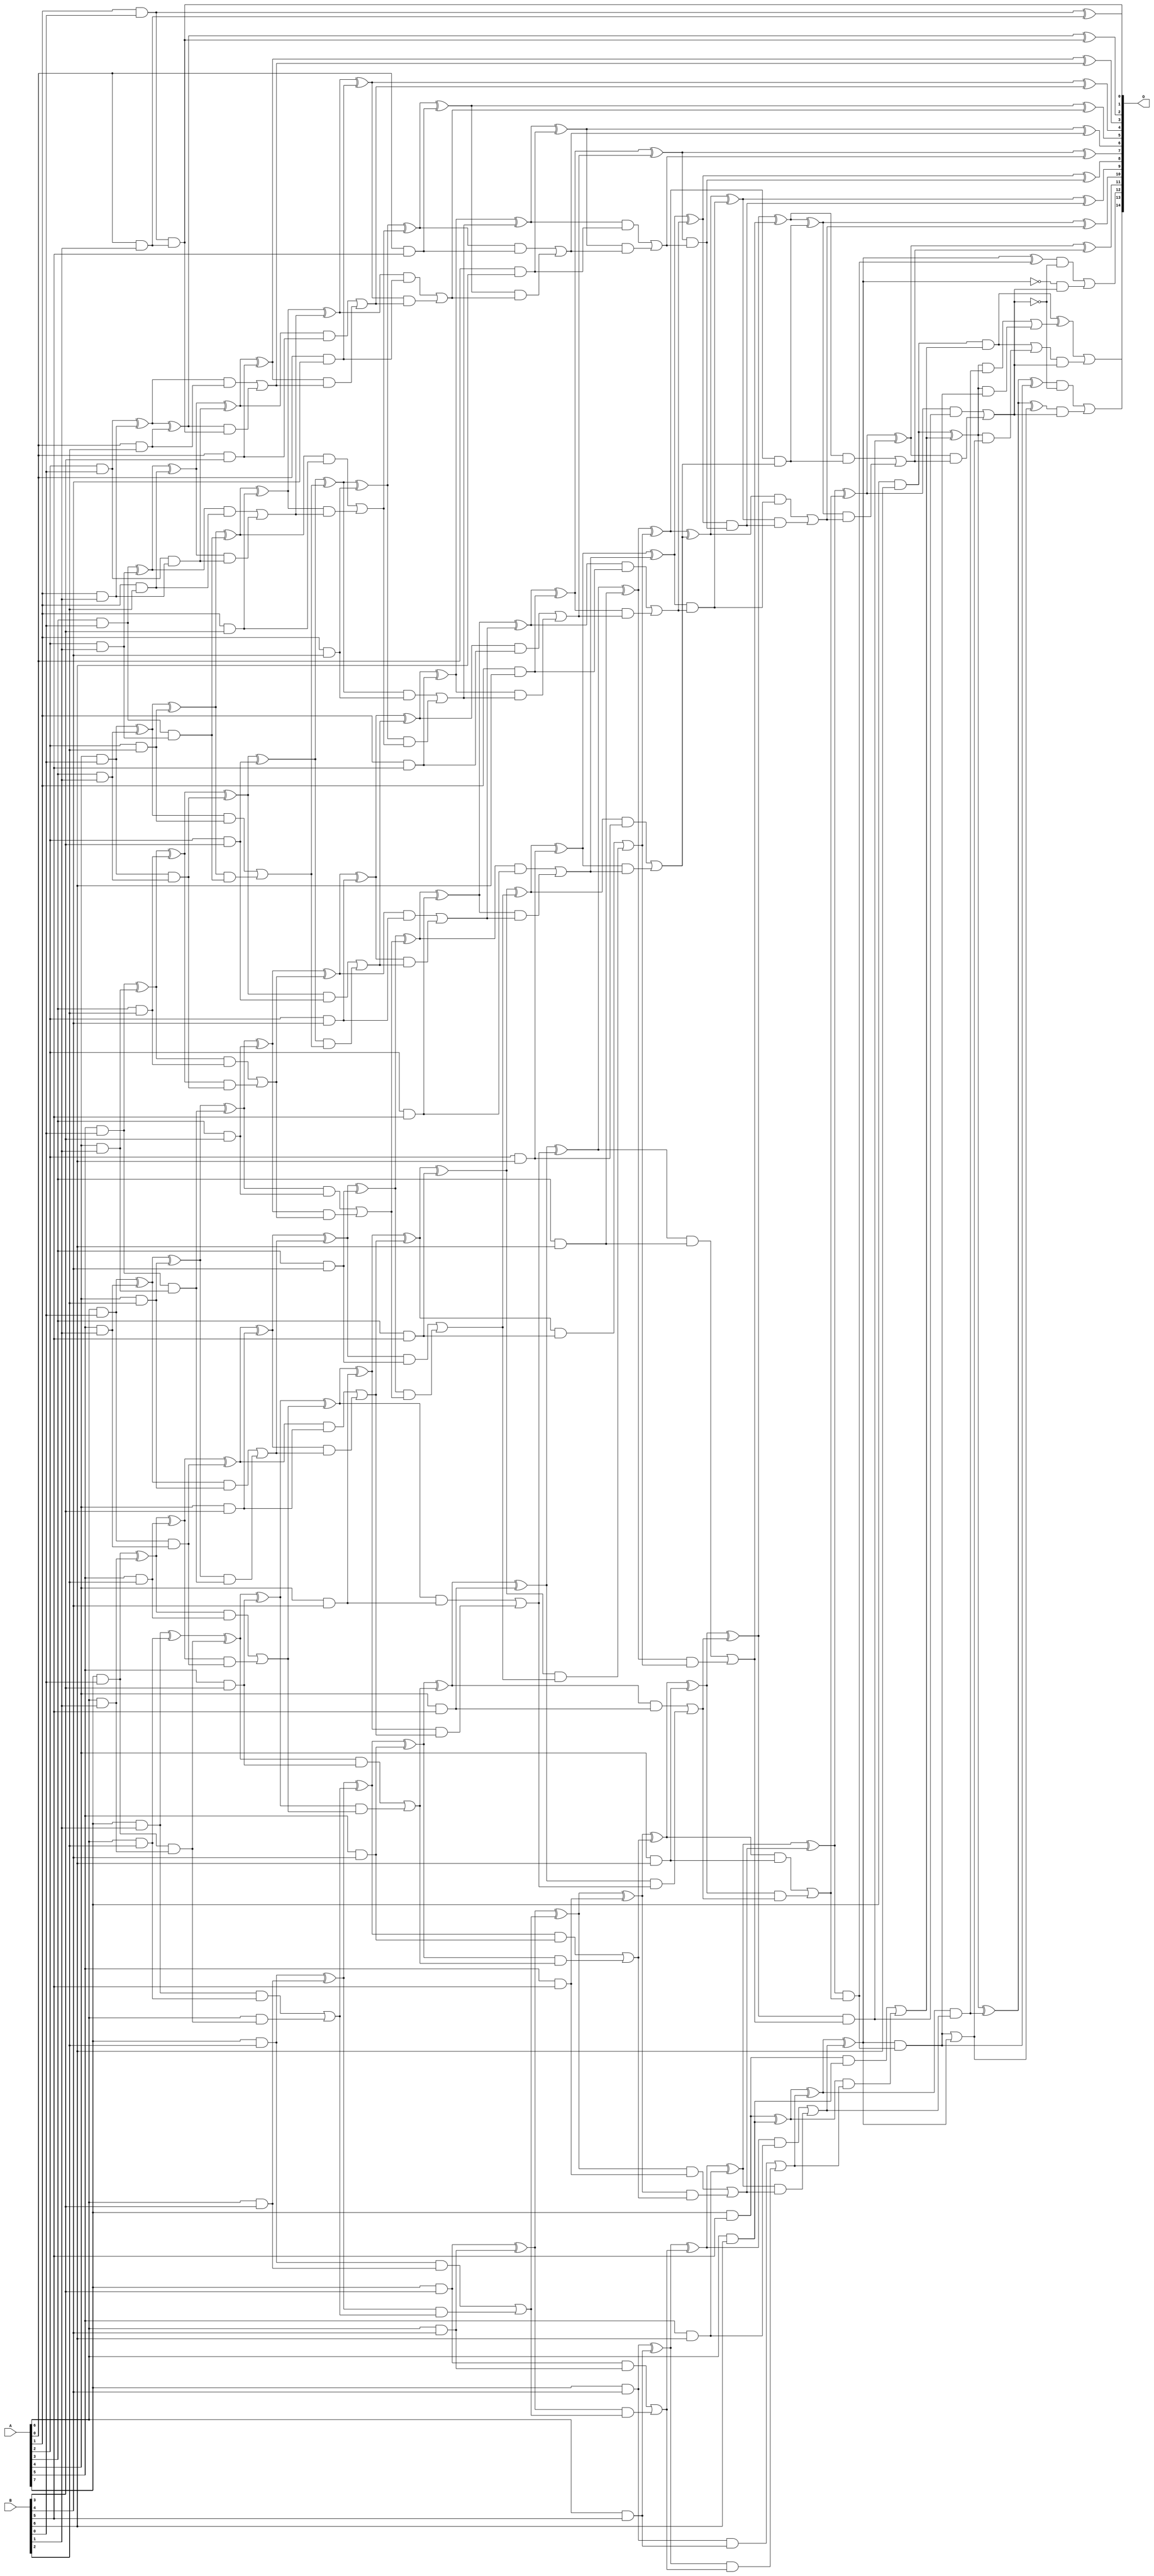
/***
* This code is a part of EvoApproxLib library (ehw.fit.vutbr.cz/approxlib) distributed under The MIT License.
* When used, please cite the following article(s): V. Mrazek, L. Sekanina, Z. Vasicek "Libraries of Approximate Circuits: Automated Design and Application in CNN Accelerators" IEEE Journal on Emerging and Selected Topics in Circuits and Systems, Vol 10, No 4, 2020 
* This file contains a circuit from a sub-set of pareto optimal circuits with respect to the pwr and mse parameters
***/
// MAE% = 0.00057 %
// MAE = 0.19 
// WCE% = 0.0031 %
// WCE = 1.0 
// WCRE% = 100.00 %
// EP% = 18.75 %
// MRE% = 0.028 %
// MSE = 0.19 
// PDK45_PWR = 0.330 mW
// PDK45_AREA = 600.7 um2
// PDK45_DELAY = 1.36 ns

module mul8x7u_2SG (
    A,
    B,
    O
);

input [7:0] A;
input [6:0] B;
output [14:0] O;

wire sig_16,sig_17,sig_18,sig_19,sig_20,sig_21,sig_22,sig_23,sig_24,sig_25,sig_26,sig_27,sig_28,sig_29,sig_30,sig_31,sig_32,sig_33,sig_34,sig_35;
wire sig_36,sig_37,sig_38,sig_39,sig_40,sig_41,sig_42,sig_43,sig_44,sig_45,sig_46,sig_47,sig_48,sig_49,sig_50,sig_51,sig_52,sig_53,sig_54,sig_55;
wire sig_56,sig_57,sig_58,sig_59,sig_60,sig_61,sig_62,sig_63,sig_64,sig_65,sig_66,sig_67,sig_68,sig_69,sig_70,sig_71,sig_72,sig_73,sig_74,sig_75;
wire sig_76,sig_77,sig_78,sig_79,sig_80,sig_81,sig_82,sig_83,sig_84,sig_85,sig_86,sig_87,sig_88,sig_89,sig_90,sig_91,sig_92,sig_93,sig_94,sig_95;
wire sig_96,sig_97,sig_98,sig_99,sig_100,sig_101,sig_102,sig_103,sig_104,sig_105,sig_106,sig_107,sig_108,sig_109,sig_110,sig_111,sig_112,sig_113,sig_114,sig_115;
wire sig_116,sig_117,sig_118,sig_119,sig_120,sig_121,sig_122,sig_123,sig_124,sig_125,sig_126,sig_127,sig_128,sig_129,sig_130,sig_131,sig_132,sig_133,sig_134,sig_135;
wire sig_136,sig_137,sig_138,sig_139,sig_140,sig_141,sig_142,sig_143,sig_144,sig_145,sig_146,sig_147,sig_148,sig_149,sig_150,sig_151,sig_152,sig_153,sig_154,sig_155;
wire sig_156,sig_157,sig_158,sig_159,sig_160,sig_161,sig_162,sig_163,sig_164,sig_165,sig_166,sig_167,sig_168,sig_169,sig_170,sig_171,sig_172,sig_173,sig_174,sig_175;
wire sig_176,sig_177,sig_178,sig_179,sig_180,sig_181,sig_182,sig_183,sig_184,sig_185,sig_186,sig_187,sig_188,sig_189,sig_190,sig_191,sig_192,sig_193,sig_194,sig_195;
wire sig_196,sig_197,sig_198,sig_199,sig_200,sig_201,sig_202,sig_203,sig_204,sig_205,sig_206,sig_207,sig_208,sig_209,sig_210,sig_211,sig_212,sig_213,sig_214,sig_215;
wire sig_216,sig_217,sig_218,sig_219,sig_220,sig_221,sig_222,sig_223,sig_224,sig_225,sig_226,sig_227,sig_228,sig_229,sig_230,sig_231,sig_232,sig_233,sig_234,sig_235;
wire sig_236,sig_237,sig_238,sig_239,sig_240,sig_241,sig_242,sig_243,sig_244,sig_245,sig_246,sig_247,sig_248,sig_249,sig_250,sig_251,sig_252,sig_253,sig_254,sig_255;
wire sig_256,sig_257,sig_258,sig_259,sig_260,sig_261,sig_262,sig_263,sig_264,sig_265,sig_266,sig_267,sig_268,sig_269,sig_270,sig_271,sig_272,sig_273,sig_274,sig_275;
wire sig_276,sig_277,sig_278,sig_279,sig_280,sig_281,sig_282,sig_283,sig_284,sig_285,sig_286,sig_287,sig_288,sig_289,sig_290,sig_291,sig_292,sig_293,sig_294,sig_295;
wire sig_296,sig_297,sig_298,sig_301,sig_302,sig_303,sig_305,sig_306,sig_308,sig_309,sig_310,sig_311,sig_312,sig_313,sig_314,sig_315,sig_316,sig_319,sig_320;

assign sig_16 = A[1] & B[0];
assign sig_17 = A[2] & B[0];
assign sig_18 = A[3] & B[0];
assign sig_19 = A[4] & B[0];
assign sig_20 = A[5] & B[0];
assign sig_21 = A[6] & B[0];
assign sig_22 = A[7] & B[0];
assign sig_23 = A[0] & B[1];
assign sig_24 = A[1] & B[1];
assign sig_25 = A[2] & B[1];
assign sig_26 = A[3] & B[1];
assign sig_27 = A[4] & B[1];
assign sig_28 = A[5] & B[1];
assign sig_29 = A[6] & B[1];
assign sig_30 = A[7] & B[1];
assign sig_31 = sig_16 & sig_23;
assign sig_32 = sig_16 ^ sig_23;
assign sig_33 = sig_17 & sig_24;
assign sig_34 = sig_17 ^ sig_24;
assign sig_35 = sig_18 & sig_25;
assign sig_36 = sig_18 ^ sig_25;
assign sig_37 = sig_19 & sig_26;
assign sig_38 = sig_19 ^ sig_26;
assign sig_39 = sig_20 & sig_27;
assign sig_40 = sig_20 ^ sig_27;
assign sig_41 = sig_21 & sig_28;
assign sig_42 = sig_21 ^ sig_28;
assign sig_43 = sig_22 & sig_29;
assign sig_44 = sig_22 ^ sig_29;
assign sig_45 = A[0] & B[2];
assign sig_46 = A[1] & B[2];
assign sig_47 = A[2] & B[2];
assign sig_48 = A[3] & B[2];
assign sig_49 = A[4] & B[2];
assign sig_50 = A[5] & B[2];
assign sig_51 = A[6] & B[2];
assign sig_52 = A[7] & B[2];
assign sig_53 = sig_34 ^ sig_45;
assign sig_54 = sig_34 & sig_45;
assign sig_55 = sig_53 & sig_31;
assign sig_56 = sig_53 ^ sig_31;
assign sig_57 = sig_54 | sig_55;
assign sig_58 = sig_36 ^ sig_46;
assign sig_59 = sig_36 & sig_46;
assign sig_60 = sig_58 & sig_33;
assign sig_61 = sig_58 ^ sig_33;
assign sig_62 = sig_59 | sig_60;
assign sig_63 = sig_38 ^ sig_47;
assign sig_64 = sig_38 & sig_47;
assign sig_65 = sig_63 & sig_35;
assign sig_66 = sig_63 ^ sig_35;
assign sig_67 = sig_64 | sig_65;
assign sig_68 = sig_40 ^ sig_48;
assign sig_69 = sig_40 & sig_48;
assign sig_70 = sig_68 & sig_37;
assign sig_71 = sig_68 ^ sig_37;
assign sig_72 = sig_69 | sig_70;
assign sig_73 = sig_42 ^ sig_49;
assign sig_74 = sig_42 & sig_49;
assign sig_75 = sig_73 & sig_39;
assign sig_76 = sig_73 ^ sig_39;
assign sig_77 = sig_74 | sig_75;
assign sig_78 = sig_44 ^ sig_50;
assign sig_79 = sig_44 & sig_50;
assign sig_80 = sig_78 & sig_41;
assign sig_81 = sig_78 ^ sig_41;
assign sig_82 = sig_79 | sig_80;
assign sig_83 = sig_30 ^ sig_51;
assign sig_84 = sig_30 & sig_51;
assign sig_85 = A[6] & sig_43;
assign sig_86 = sig_83 ^ sig_43;
assign sig_87 = sig_84 | sig_85;
assign sig_88 = A[0] & B[3];
assign sig_89 = A[1] & B[3];
assign sig_90 = A[2] & B[3];
assign sig_91 = A[3] & B[3];
assign sig_92 = A[4] & B[3];
assign sig_93 = A[5] & B[3];
assign sig_94 = A[6] & B[3];
assign sig_95 = A[7] & B[3];
assign sig_96 = sig_61 ^ sig_88;
assign sig_97 = sig_61 & sig_88;
assign sig_98 = sig_96 & sig_57;
assign sig_99 = sig_96 ^ sig_57;
assign sig_100 = sig_97 | sig_98;
assign sig_101 = sig_66 ^ sig_89;
assign sig_102 = sig_66 & sig_89;
assign sig_103 = sig_101 & sig_62;
assign sig_104 = sig_101 ^ sig_62;
assign sig_105 = sig_102 | sig_103;
assign sig_106 = sig_71 ^ sig_90;
assign sig_107 = sig_71 & sig_90;
assign sig_108 = sig_106 & sig_67;
assign sig_109 = sig_106 ^ sig_67;
assign sig_110 = sig_107 | sig_108;
assign sig_111 = sig_76 ^ sig_91;
assign sig_112 = sig_76 & sig_91;
assign sig_113 = sig_111 & sig_72;
assign sig_114 = sig_111 ^ sig_72;
assign sig_115 = sig_112 | sig_113;
assign sig_116 = sig_81 ^ sig_92;
assign sig_117 = sig_81 & sig_92;
assign sig_118 = sig_116 & sig_77;
assign sig_119 = sig_116 ^ sig_77;
assign sig_120 = sig_117 | sig_118;
assign sig_121 = sig_86 ^ sig_93;
assign sig_122 = sig_86 & sig_93;
assign sig_123 = sig_121 & sig_82;
assign sig_124 = sig_121 ^ sig_82;
assign sig_125 = sig_122 | sig_123;
assign sig_126 = sig_52 ^ sig_94;
assign sig_127 = sig_52 & sig_94;
assign sig_128 = sig_126 & sig_87;
assign sig_129 = sig_126 ^ sig_87;
assign sig_130 = sig_127 | sig_128;
assign sig_131 = A[0] & B[4];
assign sig_132 = A[1] & B[4];
assign sig_133 = A[2] & B[4];
assign sig_134 = A[3] & B[4];
assign sig_135 = A[4] & B[4];
assign sig_136 = A[5] & B[4];
assign sig_137 = A[6] & B[4];
assign sig_138 = A[7] & B[4];
assign sig_139 = sig_104 ^ sig_131;
assign sig_140 = sig_104 & sig_131;
assign sig_141 = sig_139 & sig_100;
assign sig_142 = sig_139 ^ sig_100;
assign sig_143 = sig_140 | sig_141;
assign sig_144 = sig_109 ^ sig_132;
assign sig_145 = sig_109 & sig_132;
assign sig_146 = sig_144 & sig_105;
assign sig_147 = sig_144 ^ sig_105;
assign sig_148 = sig_145 | sig_146;
assign sig_149 = sig_114 ^ sig_133;
assign sig_150 = sig_114 & sig_133;
assign sig_151 = sig_149 & sig_110;
assign sig_152 = sig_149 ^ sig_110;
assign sig_153 = sig_150 | sig_151;
assign sig_154 = sig_119 ^ sig_134;
assign sig_155 = sig_119 & sig_134;
assign sig_156 = sig_154 & sig_115;
assign sig_157 = sig_154 ^ sig_115;
assign sig_158 = sig_155 | sig_156;
assign sig_159 = sig_124 ^ sig_135;
assign sig_160 = sig_124 & sig_135;
assign sig_161 = sig_159 & sig_120;
assign sig_162 = sig_159 ^ sig_120;
assign sig_163 = sig_160 | sig_161;
assign sig_164 = sig_129 ^ sig_136;
assign sig_165 = sig_129 & sig_136;
assign sig_166 = sig_164 & sig_125;
assign sig_167 = sig_164 ^ sig_125;
assign sig_168 = sig_165 | sig_166;
assign sig_169 = sig_95 ^ sig_137;
assign sig_170 = sig_95 & sig_137;
assign sig_171 = sig_169 & sig_130;
assign sig_172 = sig_169 ^ sig_130;
assign sig_173 = sig_170 | sig_171;
assign sig_174 = A[0] & B[5];
assign sig_175 = A[1] & B[5];
assign sig_176 = A[2] & B[5];
assign sig_177 = A[3] & B[5];
assign sig_178 = A[4] & B[5];
assign sig_179 = A[5] & B[5];
assign sig_180 = A[6] & B[5];
assign sig_181 = A[7] & B[5];
assign sig_182 = sig_147 ^ sig_174;
assign sig_183 = sig_147 & sig_174;
assign sig_184 = sig_182 & sig_143;
assign sig_185 = sig_182 ^ sig_143;
assign sig_186 = sig_183 | sig_184;
assign sig_187 = sig_152 ^ sig_175;
assign sig_188 = sig_152 & sig_175;
assign sig_189 = sig_187 & sig_148;
assign sig_190 = sig_187 ^ sig_148;
assign sig_191 = sig_188 | sig_189;
assign sig_192 = sig_157 ^ sig_176;
assign sig_193 = sig_157 & sig_176;
assign sig_194 = sig_192 & sig_153;
assign sig_195 = sig_192 ^ sig_153;
assign sig_196 = sig_193 | sig_194;
assign sig_197 = sig_162 ^ sig_177;
assign sig_198 = sig_162 & sig_177;
assign sig_199 = sig_197 & sig_158;
assign sig_200 = sig_197 ^ sig_158;
assign sig_201 = sig_198 | sig_199;
assign sig_202 = sig_167 ^ sig_178;
assign sig_203 = sig_167 & sig_178;
assign sig_204 = sig_202 & sig_163;
assign sig_205 = sig_202 ^ sig_163;
assign sig_206 = sig_203 | sig_204;
assign sig_207 = sig_172 ^ sig_179;
assign sig_208 = sig_172 & sig_179;
assign sig_209 = sig_207 & sig_168;
assign sig_210 = sig_207 ^ sig_168;
assign sig_211 = sig_208 | sig_209;
assign sig_212 = sig_138 ^ sig_180;
assign sig_213 = sig_138 & sig_180;
assign sig_214 = sig_212 & sig_173;
assign sig_215 = sig_212 ^ sig_173;
assign sig_216 = sig_213 | sig_214;
assign sig_217 = A[0] & B[6];
assign sig_218 = A[1] & B[6];
assign sig_219 = A[2] & B[6];
assign sig_220 = A[3] & B[6];
assign sig_221 = A[4] & B[6];
assign sig_222 = A[5] & B[6];
assign sig_223 = A[6] & B[6];
assign sig_224 = A[7] & B[6];
assign sig_225 = sig_190 ^ sig_217;
assign sig_226 = sig_190 & sig_217;
assign sig_227 = sig_225 & sig_186;
assign sig_228 = sig_225 ^ sig_186;
assign sig_229 = sig_226 | sig_227;
assign sig_230 = sig_195 ^ sig_218;
assign sig_231 = sig_195 & sig_218;
assign sig_232 = sig_230 & sig_191;
assign sig_233 = sig_230 ^ sig_191;
assign sig_234 = sig_231 | sig_232;
assign sig_235 = sig_200 ^ sig_219;
assign sig_236 = sig_200 & sig_219;
assign sig_237 = sig_235 & sig_196;
assign sig_238 = sig_235 ^ sig_196;
assign sig_239 = sig_236 | sig_237;
assign sig_240 = sig_205 ^ sig_220;
assign sig_241 = sig_205 & sig_220;
assign sig_242 = sig_240 & sig_201;
assign sig_243 = sig_240 ^ sig_201;
assign sig_244 = sig_241 | sig_242;
assign sig_245 = sig_210 ^ sig_221;
assign sig_246 = sig_210 & sig_221;
assign sig_247 = sig_245 & sig_206;
assign sig_248 = sig_245 ^ sig_206;
assign sig_249 = sig_246 | sig_247;
assign sig_250 = sig_215 ^ sig_222;
assign sig_251 = sig_215 & sig_222;
assign sig_252 = sig_250 & sig_211;
assign sig_253 = sig_250 ^ sig_211;
assign sig_254 = sig_251 | sig_252;
assign sig_255 = sig_181 ^ sig_223;
assign sig_256 = sig_181 & sig_223;
assign sig_257 = sig_255 & sig_216;
assign sig_258 = sig_255 ^ sig_216;
assign sig_259 = sig_256 | sig_257;
assign sig_260 = sig_233 & sig_229;
assign sig_261 = sig_233 ^ sig_229;
assign sig_262 = sig_238 & sig_234;
assign sig_263 = sig_238 ^ sig_234;
assign sig_264 = sig_243 & sig_239;
assign sig_265 = sig_243 ^ sig_239;
assign sig_266 = sig_248 & sig_244;
assign sig_267 = sig_248 ^ sig_244;
assign sig_268 = sig_253 & sig_249;
assign sig_269 = sig_253 ^ sig_249;
assign sig_270 = sig_258 & sig_254;
assign sig_271 = sig_258 ^ sig_254;
assign sig_272 = sig_224 & sig_259;
assign sig_273 = sig_224 ^ sig_259;
assign sig_274 = sig_263 ^ sig_260;
assign sig_275 = sig_263 & sig_260;
assign sig_276 = sig_265 ^ sig_262;
assign sig_277 = sig_265 & sig_262;
assign sig_278 = sig_276 & sig_275;
assign sig_279 = sig_276 ^ sig_275;
assign sig_280 = sig_277 | sig_278;
assign sig_281 = sig_267 ^ sig_264;
assign sig_282 = sig_267 & sig_264;
assign sig_283 = sig_281 & sig_280;
assign sig_284 = sig_281 ^ sig_280;
assign sig_285 = sig_282 | sig_283;
assign sig_286 = sig_269 ^ sig_266;
assign sig_287 = sig_269 & sig_266;
assign sig_288 = sig_286 & sig_285;
assign sig_289 = sig_286 ^ sig_285;
assign sig_290 = sig_287 | sig_288;
assign sig_291 = sig_271 ^ sig_268;
assign sig_292 = sig_271 & sig_268;
assign sig_293 = sig_273 ^ sig_270;
assign sig_294 = sig_273 & sig_270;
assign sig_295 = sig_273 & sig_292;
assign sig_296 = sig_293 ^ sig_292;
assign sig_297 = sig_294 | sig_295;
assign sig_298 = sig_272 ^ sig_297;
assign sig_301 = ~sig_271;
assign sig_302 = sig_292 | sig_271;
assign sig_303 = sig_273 ^ sig_270;
assign sig_305 = sig_273 & sig_302;
assign sig_306 = sig_303 ^ sig_302;
assign sig_308 = sig_272 | sig_305;
assign sig_309 = ~sig_290;
assign sig_310 = sig_291 & sig_309;
assign sig_311 = sig_301 & sig_290;
assign sig_312 = sig_310 | sig_311;
assign sig_313 = ~sig_290;
assign sig_314 = sig_296 & sig_313;
assign sig_315 = sig_306 & sig_290;
assign sig_316 = sig_314 | sig_315;
assign sig_319 = sig_308 & sig_290;
assign sig_320 = sig_298 | sig_319;

assign O[14] = sig_320;
assign O[13] = sig_316;
assign O[12] = sig_312;
assign O[11] = sig_289;
assign O[10] = sig_284;
assign O[9] = sig_279;
assign O[8] = sig_274;
assign O[7] = sig_261;
assign O[6] = sig_228;
assign O[5] = sig_185;
assign O[4] = sig_142;
assign O[3] = sig_99;
assign O[2] = sig_56;
assign O[1] = sig_32;
assign O[0] = sig_31;

endmodule